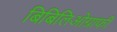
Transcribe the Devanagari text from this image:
बिबिलिओग्राफी